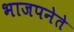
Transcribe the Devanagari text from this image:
भाजपनेते